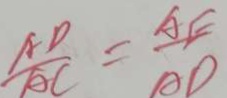
\frac { A D } { A C } = \frac { A E } { D D }